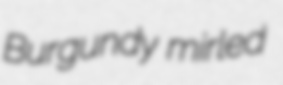
Burgundy mirled